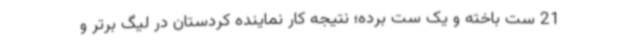
21 ست باخته و یک ست برده؛ نتیجه کار نماینده کردستان در لیگ برتر و